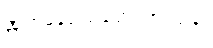
အက္ကမနဒါယတ္ထေရအပဒါန။